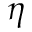
\eta